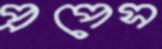
প্রপেস